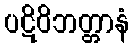
ပဋိဝိဘတ္တာနံ